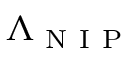
\Lambda _ { \mathrm { ~ N ~ I ~ P ~ } }